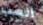
العب